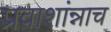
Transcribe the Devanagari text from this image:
प्रवाशांन्नाच